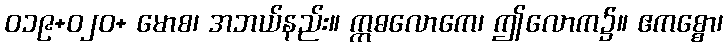
ဝ၁၉+၀၂ဝ+ မောစ၊ အဘယ်နည်း။ ဣဓလောကေ၊ ဤလောက၌။ ဧကစ္စော၊